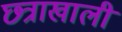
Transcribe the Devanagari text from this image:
छ्त्राखाली